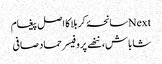
Nextسانحۂ کربلا کا اصل پیغام
شاباش، ننھے پروفیسر حماد صافی